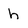
Character: h